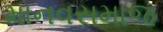
માનવસમાજ